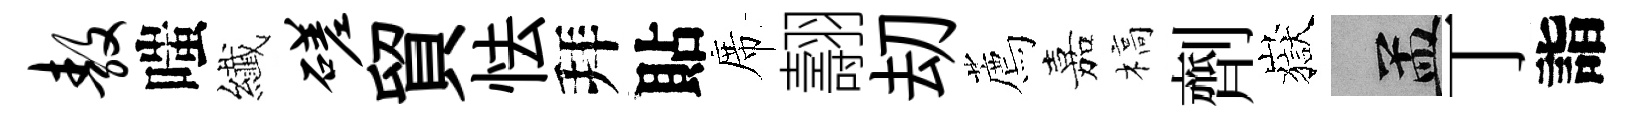
敖嗤纎磋貿怯拜貼席翿刧薦嘉槁劑嶽汴丁詣